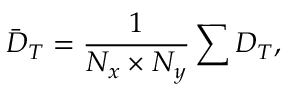
{ { \bar { D } } _ { T } } = \frac { 1 } { { { N _ { x } } \times { N _ { y } } } } \sum { { D _ { T } } } ,